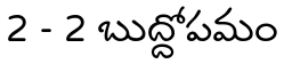
2 - 2 బుద్దోపమం